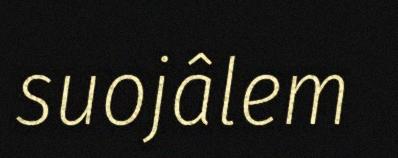
suojâlem